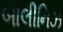
બાલીનિઝ